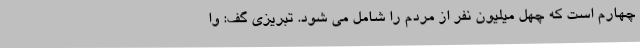
چهارم است که چهل میلیون نفر از مردم را شامل می شود. تبریزی گف: وا